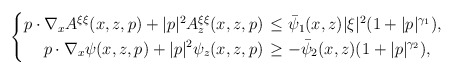
\begin{align*}\left\{ \begin{aligned} p \cdot \nabla_x A^{\xi \xi} (x, z, p) + |p|^2 A^{\xi \xi}_z (x, z, p) \,& \leq \bar{\psi}_1 (x, z) |\xi|^2 (1 + |p|^{\gamma_1}), \\ p \cdot \nabla_x \psi (x, z, p) + |p|^2 \psi_z (x, z, p) \,& \geq - \bar{\psi}_2 (x, z) (1 + |p|^{\gamma_2}), \end{aligned} \right.\end{align*}